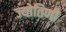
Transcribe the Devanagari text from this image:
ज्योतिणी